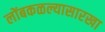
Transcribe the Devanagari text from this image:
लोंबकळल्यासारखा